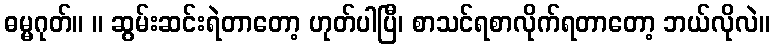
ဓမ္မဂုတ်။ ။ ဆွမ်းဆင်းရဲတာတော့ ဟုတ်ပါပြီ၊ စာသင်ရစာလိုက်ရတာတော့ ဘယ်လိုလဲ။